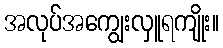
အလုပ်အကျွေးလှူရကျိုး။